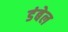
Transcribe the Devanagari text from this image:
डंबेल